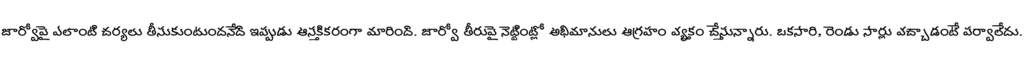
జార్వోపై ఎలాంటి చర్యలు తీసుకుంటుందనేది ఇప్పుడు ఆసక్తికరంగా మారింది. జార్వో తీరుపై నెట్టింట్లో అభిమానులు ఆగ్రహం వ్యక్తం చేస్తున్నారు. ఒకసారి, రెండు సార్లు వచ్చాడంటే పర్వాలేదు.